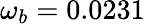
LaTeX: \omega_{b}=0.0231